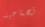
تحتاجينه